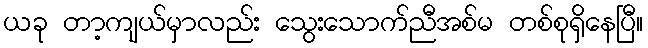
ယခု တာ့ကျယ်မှာလည်း သွေးသောက်ညီအစ်မ တစ်စုရှိနေပြီ။